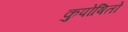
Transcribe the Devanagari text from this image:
कुपोषितों